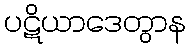
ပဋိယာဒေတွာန